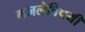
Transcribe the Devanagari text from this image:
गजलेविषयी